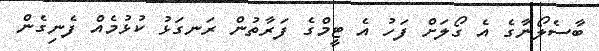
ބާސެލޯނާގެ އެ ގޯލަށް ފަހު އެ ޓީމްގެ ފަރާތުން ރަނގަޅު ކުޅުމެއް ފެނިގެން